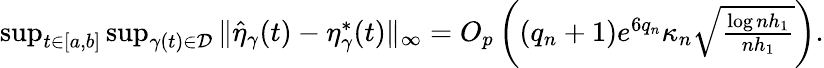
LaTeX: \begin{array}{r}{\operatorname*{sup}_{t\in[a,b]}\operatorname*{sup}_{\gamma(t)\in\mathcal{D}}\| \widehat{\eta}_{\gamma}(t)-\eta_{\gamma}^{*}(t)\| _{\infty}=O_{p}\left((q_{n}+1)e^{6q_{n}}\kappa_{n}\sqrt{\frac{\log nh_{1}}{nh_{1}}}\right).}\end{array}